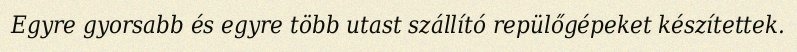
Egyre gyorsabb és egyre több utast szállító repülőgépeket készítettek.